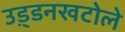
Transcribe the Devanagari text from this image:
उड़्डनखटोले